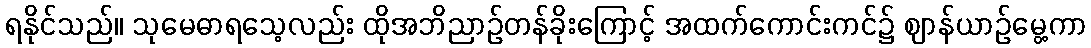
ရနိုင်သည်။ သုမေဓာရသေ့လည်း ထိုအဘိညာဉ်တန်ခိုးကြောင့် အထက်ကောင်းကင်၌ ဈာန်ယာဉ်မွေ့ကာ